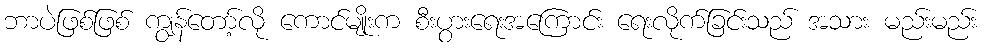
ဘာပဲဖြစ်ဖြစ် ကျွန်တော့်လို ကောင်မျိုးက စီးပွားရေးအကြောင်း ရေးလိုက်ခြင်းသည် အသား မည်းမည်း